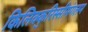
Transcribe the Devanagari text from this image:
किलिक्कुरिस्सीमंगलम